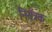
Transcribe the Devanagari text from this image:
नियँत्रक